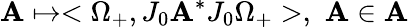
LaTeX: \mathbf{A}\mapsto<\Omega_{+},J_{0}\mathbf{A}^{\ast}J_{0}\Omega_{+}>,\, \, \mathbf{A}\in\mathcal{{\mathbf{A}}}